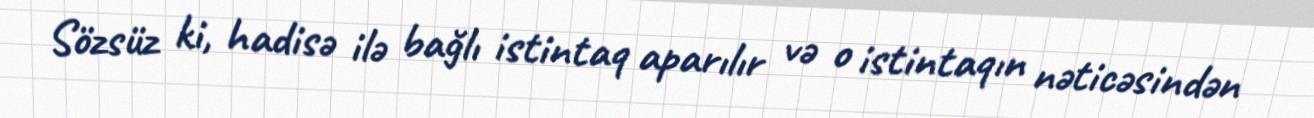
Sözsüz ki, hadisə ilə bağlı istintaq aparılır və o istintaqın nəticəsindən